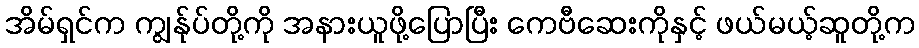
အိမ်ရှင်က ကျွန်ုပ်တို့ကို အနားယူဖို့ပြောပြီး ကေဗီဆေးကိုနှင့် ဖယ်မယ့်ဆူတို့က